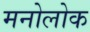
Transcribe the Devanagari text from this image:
मनोलोक